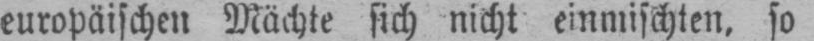
europäischen Mächte sich nicht einmischten, so